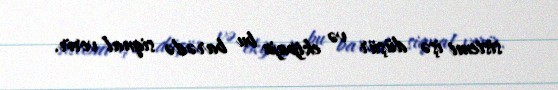
sistemi işə düşür və ekipaja bu barədə siqnal verir.